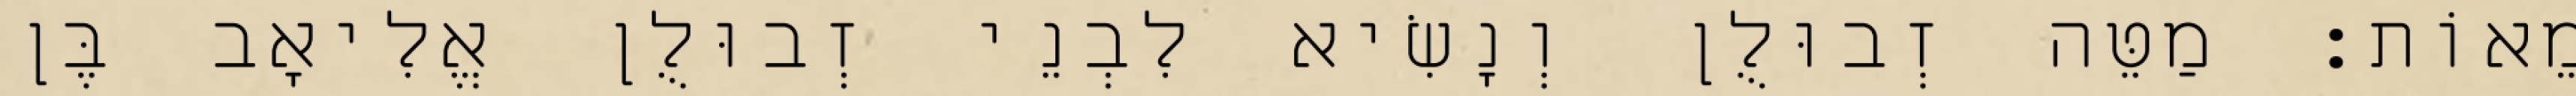
מֵאוֹת׃ מַטֵּה זְבוּלֻן וְנָשִׂיא לִבְנֵי זְבוּלֻן אֱלִיאָב בֶּן